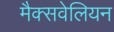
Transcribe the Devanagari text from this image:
मैक्सवेलियन